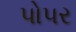
પોપર